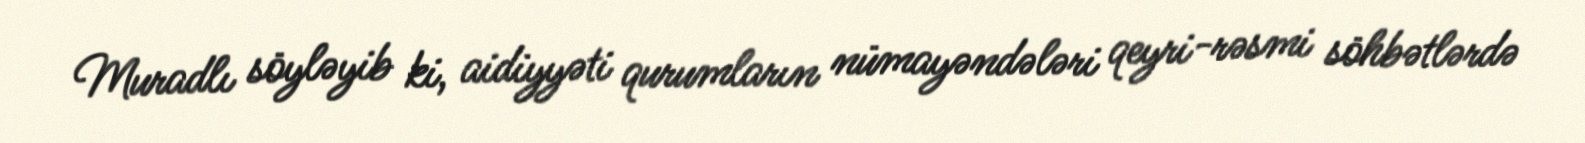
Muradlı söyləyib ki, aidiyyəti qurumların nümayəndələri qeyri-rəsmi söhbətlərdə